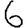
Digit: 6